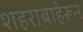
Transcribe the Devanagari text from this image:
शहराबाहेरून